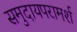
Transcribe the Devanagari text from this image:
समुदायपरामर्श